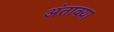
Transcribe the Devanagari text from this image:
अंताक्या